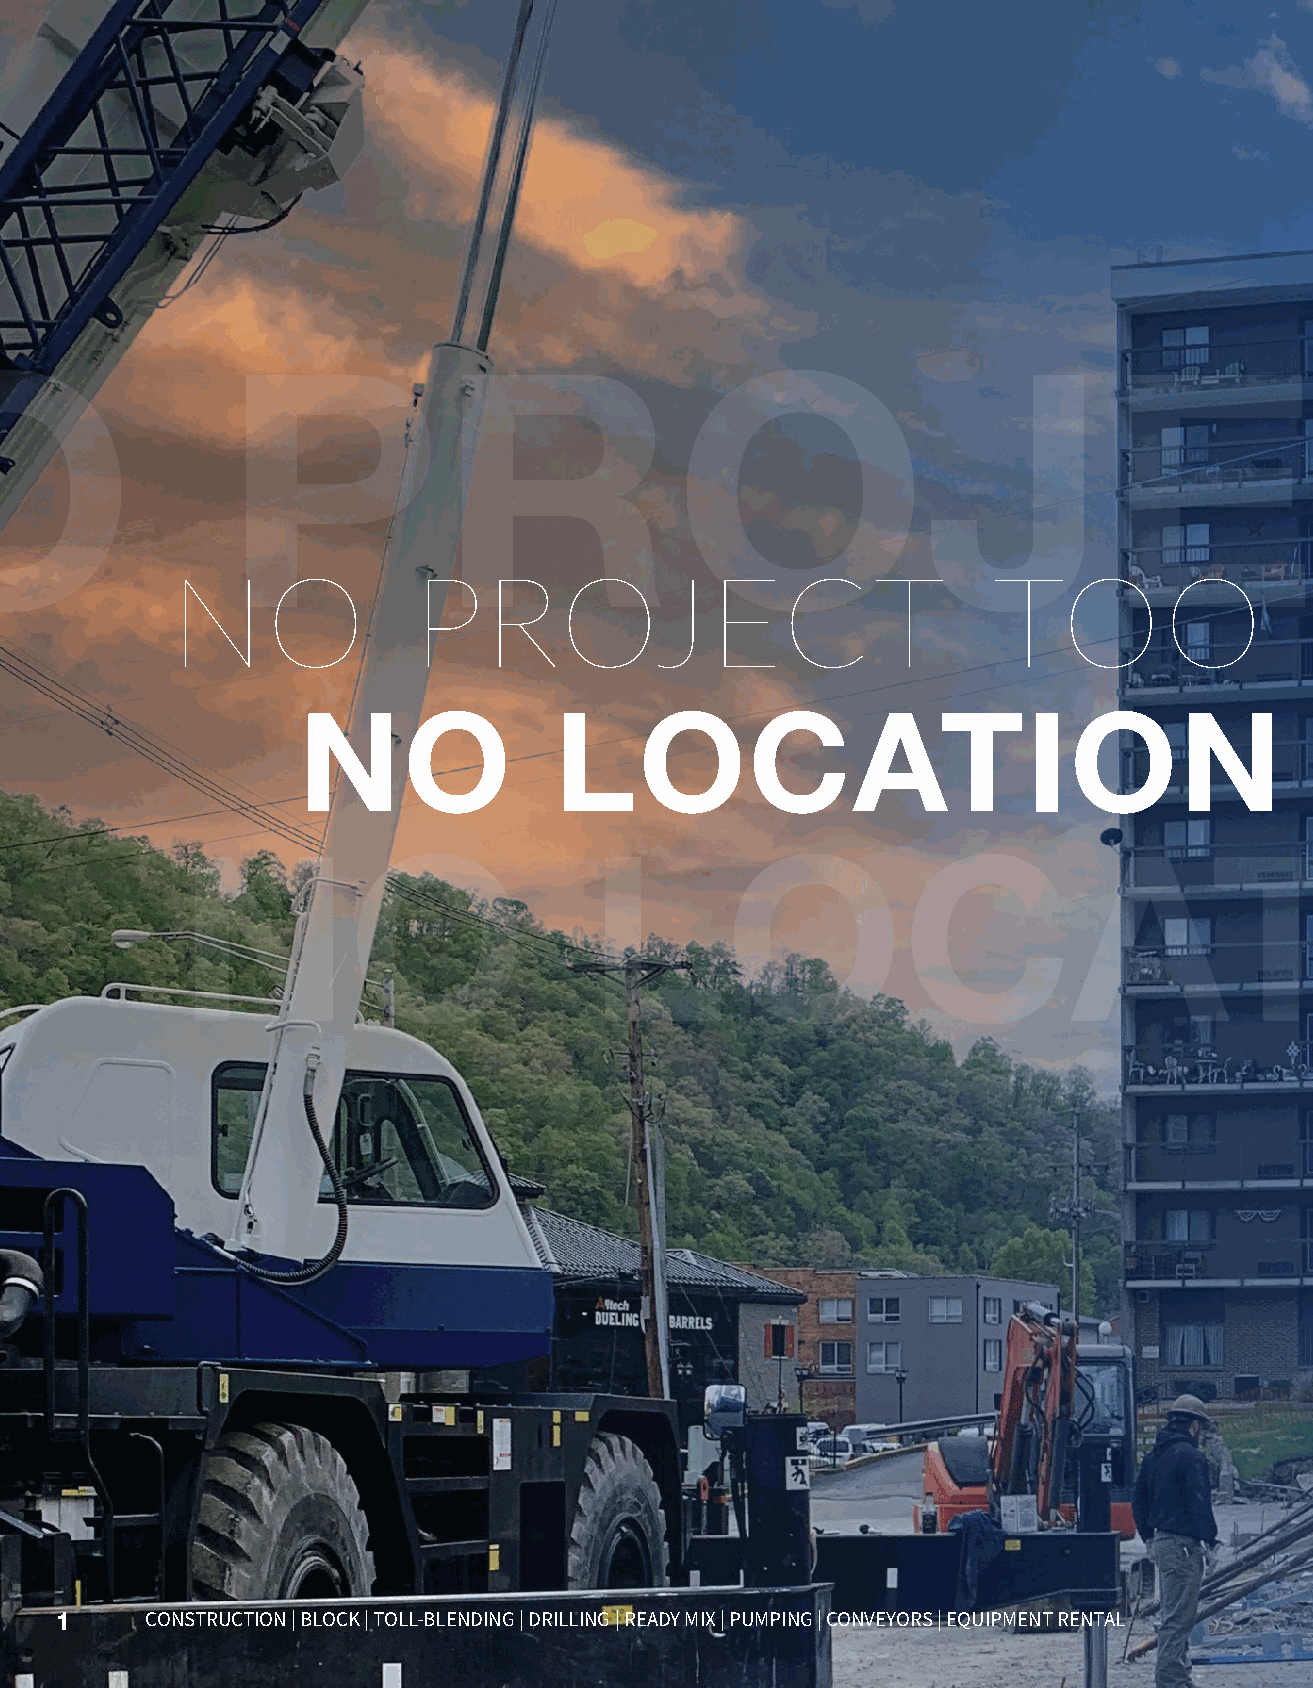
NO             PROJECT                                                                                                    TOO                                                  CHALL
 NO              PROJECT                                TOO                  CHALLENGING
 NO               LOCATION                                           TOO                    FAR
 NO                         LOCATION                                                                          TOO                                  FAR
 1     CONSTRUCTION | BLOCK | TOLL-BLENDING | DRILLING | READY MIX | PUMPING | CONVEYORS | EQUIPMENT RENTAL